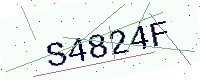
Text: S4824F